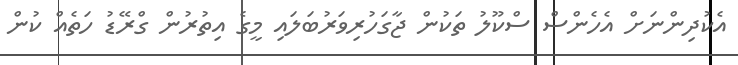
އެކުދިންނަށް އެހެންސް ސްކޫލު ތަކުން ޖާގަހުރިވަރުބަލައި މީގެ އިތުރުން ގްރޭޑު ހަތެއް ކުން